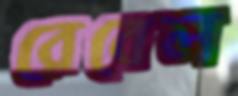
রেবেল